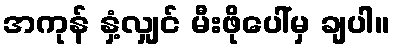
အကုန် နှံ့လျှင် မီးဖိုပေါ်မှ ချပါ။